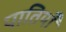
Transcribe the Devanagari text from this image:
पातियाँ